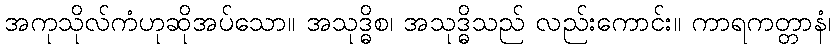
အကုသိုလ်ကံဟုဆိုအပ်သော။ အသုဒ္ဓိစ၊ အသုဒ္ဓိသည် လည်းကောင်း။ ကာရကတ္တာနံ၊